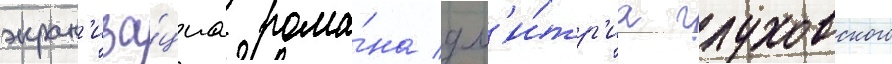
экран'иза́циа рома́на дм'и́тр'иа глуховского